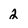
Character: 2